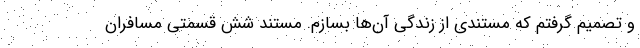
و تصمیم گرفتم که مستندی از زندگی آن‌ها بسازم. مستند شش قسمتی مسافران